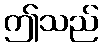
ဤသည်